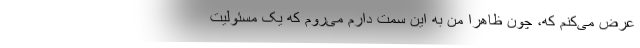
عرض می‌کنم که، چون ظاهراً من به این سمت دارم می‌روم که یک مسئولیت